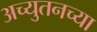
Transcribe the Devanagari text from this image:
अच्युतनच्या